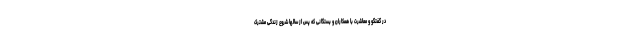
در گفتگو و معاشرت با همکاران و بستگانی که پس از سالها شروع زندگی مشترک